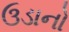
ઉડાનો